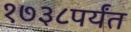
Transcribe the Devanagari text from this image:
१७३८पर्यंत